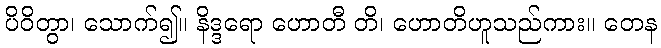
ပိဝိတွာ၊ သောက်၍။ နိဒ္ဒရော ဟောတီ တိ၊ ဟောတိဟူသည်ကား။ တေန